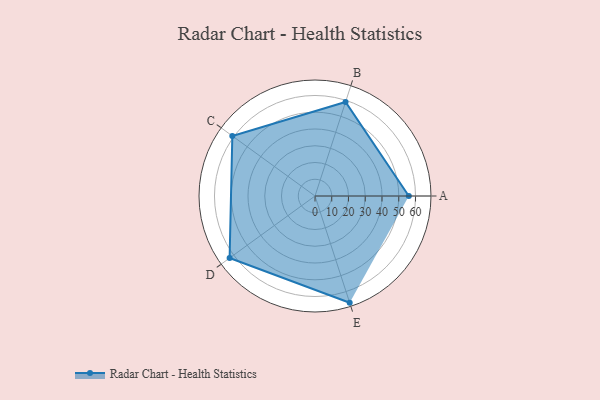
{"axis": {"x": "Skill", "y": "Score"}, "legend": ["Profile"], "data": [{"x": "A", "y": 56.0, "type": "Profile"}, {"x": "B", "y": 59.0, "type": "Profile"}, {"x": "C", "y": 61.0, "type": "Profile"}, {"x": "D", "y": 63.0, "type": "Profile"}, {"x": "E", "y": 67.0, "type": "Profile"}]}